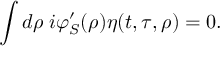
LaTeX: \int d \rho \; i \varphi _ { S } ^ { \prime } ( \rho ) \eta ( t , \tau , \rho ) = 0 .